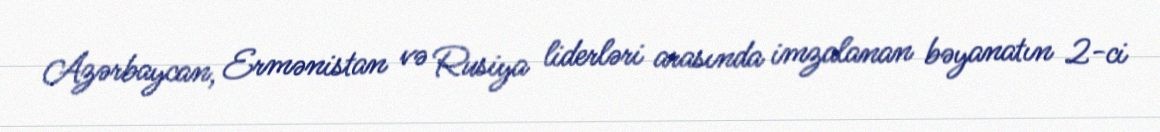
Azərbaycan, Ermənistan və Rusiya liderləri arasında imzalanan bəyanatın 2-ci